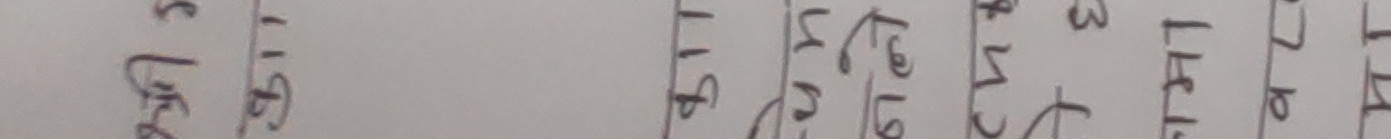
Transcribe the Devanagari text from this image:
बजे ११ ११ घिऊ १९ घिऊ ५०० लि.टी १७२ रा